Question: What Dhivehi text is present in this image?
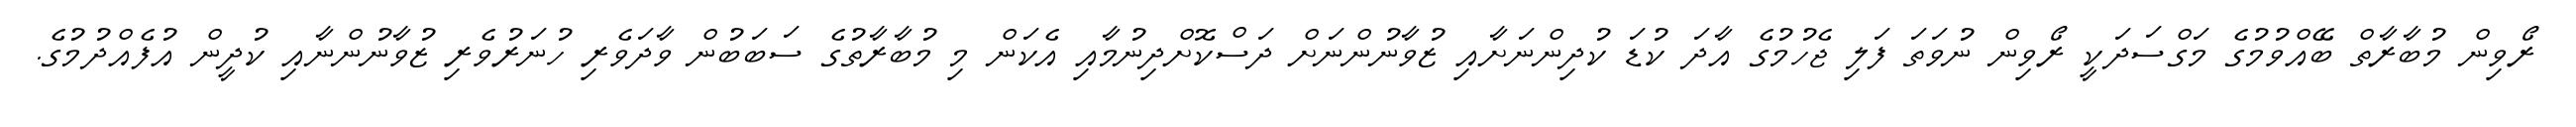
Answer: ރޯވިން މުބާރާތް ބޭއްވުމުގެ މަގްސަދަކީ ރޯވިން ނުވަތަ ފަލި ޖެހުމުގެ އާދަ ކުޑަ ކުދިންނަށާއި ޒުވާނުންނަށް ދަސްކޮށްދިނުމާއި އެކަން މި މުބާރާތުގެ ސަބަބުން ވާދަވެރި ހުނަރުވެރި ޒުވާނުންނާއި ކުދީން އުފެއްދުމުގެ.